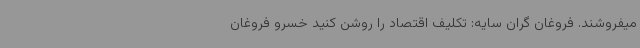
میفروشند. فروغان گران سایه: تکلیف اقتصاد را روشن کنید خسرو فروغان